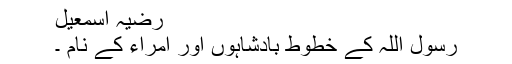
رضیہ اسمٰعیل
رسول اللہؐ کے خطوط بادشاہوں اور امراء کے نام ۔